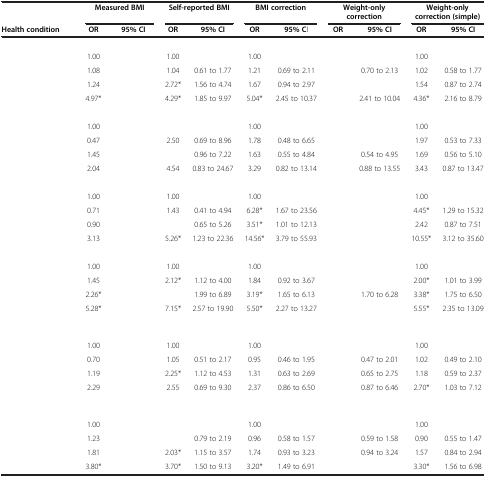
<table><thead><tr><td>[EMPTY_CELL]</td><td colspan="2"><b>Measured BMI</b></td><td colspan="2"><b>Self-reported BMI</b></td><td colspan="2"><b>BMI correction</b></td><td colspan="2"><b>Weight-only correction</b></td><td colspan="2"><b>Weight-only correction (simple)</b></td></tr><tr><td><b>Health condition</b></td><td><b>OR</b></td><td><b>95% CI</b></td><td><b>OR</b></td><td><b>95% CI</b></td><td><b>OR</b></td><td><b>95% CI</b></td><td><b>OR</b></td><td><b>95% CI</b></td><td><b>OR</b></td><td><b>95% CI</b></td></tr></thead><tbody><tr><td>[EMPTY_CELL]</td><td>[EMPTY_CELL]</td><td>[EMPTY_CELL]</td><td>[EMPTY_CELL]</td><td>[EMPTY_CELL]</td><td>[EMPTY_CELL]</td><td>[EMPTY_CELL]</td><td>[EMPTY_CELL]</td><td>[EMPTY_CELL]</td><td>[EMPTY_CELL]</td><td>[EMPTY_CELL]</td></tr><tr><td>[EMPTY_CELL]</td><td>1.00</td><td>[EMPTY_CELL]</td><td>1.00</td><td>[EMPTY_CELL]</td><td>1.00</td><td>[EMPTY_CELL]</td><td>[EMPTY_CELL]</td><td>[EMPTY_CELL]</td><td>1.00</td><td>[EMPTY_CELL]</td></tr><tr><td>[EMPTY_CELL]</td><td>1.08</td><td>[EMPTY_CELL]</td><td>1.04</td><td>0.61 to 1.77</td><td>1.21</td><td>0.69 to 2.11</td><td>[EMPTY_CELL]</td><td>0.70 to 2.13</td><td>1.02</td><td>0.58 to 1.77</td></tr><tr><td>[EMPTY_CELL]</td><td>1.24</td><td>[EMPTY_CELL]</td><td>2.72*</td><td>1.56 to 4.74</td><td>1.67</td><td>0.94 to 2.97</td><td>[EMPTY_CELL]</td><td>[EMPTY_CELL]</td><td>1.54</td><td>0.87 to 2.74</td></tr><tr><td>[EMPTY_CELL]</td><td>4.97*</td><td>[EMPTY_CELL]</td><td>4.29*</td><td>1.85 to 9.97</td><td>5.04*</td><td>2.45 to 10.37</td><td>[EMPTY_CELL]</td><td>2.41 to 10.04</td><td>4.36*</td><td>2.16 to 8.79</td></tr><tr><td>[EMPTY_CELL]</td><td>[EMPTY_CELL]</td><td>[EMPTY_CELL]</td><td>[EMPTY_CELL]</td><td>[EMPTY_CELL]</td><td>[EMPTY_CELL]</td><td>[EMPTY_CELL]</td><td>[EMPTY_CELL]</td><td>[EMPTY_CELL]</td><td>[EMPTY_CELL]</td><td>[EMPTY_CELL]</td></tr><tr><td>[EMPTY_CELL]</td><td>1.00</td><td>[EMPTY_CELL]</td><td>[EMPTY_CELL]</td><td>[EMPTY_CELL]</td><td>1.00</td><td>[EMPTY_CELL]</td><td>[EMPTY_CELL]</td><td>[EMPTY_CELL]</td><td>1.00</td><td>[EMPTY_CELL]</td></tr><tr><td>[EMPTY_CELL]</td><td>0.47</td><td>[EMPTY_CELL]</td><td>2.50</td><td>0.69 to 8.96</td><td>1.78</td><td>0.48 to 6.65</td><td>[EMPTY_CELL]</td><td>[EMPTY_CELL]</td><td>1.97</td><td>0.53 to 7.33</td></tr><tr><td>[EMPTY_CELL]</td><td>1.45</td><td>[EMPTY_CELL]</td><td>[EMPTY_CELL]</td><td>0.96 to 7.22</td><td>1.63</td><td>0.55 to 4.84</td><td>[EMPTY_CELL]</td><td>0.54 to 4.95</td><td>1.69</td><td>0.56 to 5.10</td></tr><tr><td>[EMPTY_CELL]</td><td>2.04</td><td>[EMPTY_CELL]</td><td>4.54</td><td>0.83 to 24.67</td><td>3.29</td><td>0.82 to 13.14</td><td>[EMPTY_CELL]</td><td>0.88 to 13.55</td><td>3.43</td><td>0.87 to 13.47</td></tr><tr><td>[EMPTY_CELL]</td><td>[EMPTY_CELL]</td><td>[EMPTY_CELL]</td><td>[EMPTY_CELL]</td><td>[EMPTY_CELL]</td><td>[EMPTY_CELL]</td><td>[EMPTY_CELL]</td><td>[EMPTY_CELL]</td><td>[EMPTY_CELL]</td><td>[EMPTY_CELL]</td><td>[EMPTY_CELL]</td></tr><tr><td>[EMPTY_CELL]</td><td>1.00</td><td>[EMPTY_CELL]</td><td>1.00</td><td>[EMPTY_CELL]</td><td>1.00</td><td>[EMPTY_CELL]</td><td>[EMPTY_CELL]</td><td>[EMPTY_CELL]</td><td>1.00</td><td>[EMPTY_CELL]</td></tr><tr><td>[EMPTY_CELL]</td><td>0.71</td><td>[EMPTY_CELL]</td><td>1.43</td><td>0.41 to 4.94</td><td>6.28*</td><td>1.67 to 23.56</td><td>[EMPTY_CELL]</td><td>[EMPTY_CELL]</td><td>4.45*</td><td>1.29 to 15.32</td></tr><tr><td>[EMPTY_CELL]</td><td>0.90</td><td>[EMPTY_CELL]</td><td>[EMPTY_CELL]</td><td>0.65 to 5.26</td><td>3.51*</td><td>1.01 to 12.13</td><td>[EMPTY_CELL]</td><td>[EMPTY_CELL]</td><td>2.42</td><td>0.87 to 7.51</td></tr><tr><td>[EMPTY_CELL]</td><td>3.13</td><td>[EMPTY_CELL]</td><td>5.26*</td><td>1.23 to 22.36</td><td>14.56*</td><td>3.79 to 55.93</td><td>[EMPTY_CELL]</td><td>[EMPTY_CELL]</td><td>10.55*</td><td>3.12 to 35.60</td></tr><tr><td>[EMPTY_CELL]</td><td>[EMPTY_CELL]</td><td>[EMPTY_CELL]</td><td>[EMPTY_CELL]</td><td>[EMPTY_CELL]</td><td>[EMPTY_CELL]</td><td>[EMPTY_CELL]</td><td>[EMPTY_CELL]</td><td>[EMPTY_CELL]</td><td>[EMPTY_CELL]</td><td>[EMPTY_CELL]</td></tr><tr><td>[EMPTY_CELL]</td><td>1.00</td><td>[EMPTY_CELL]</td><td>1.00</td><td>[EMPTY_CELL]</td><td>1.00</td><td>[EMPTY_CELL]</td><td>[EMPTY_CELL]</td><td>[EMPTY_CELL]</td><td>1.00</td><td>[EMPTY_CELL]</td></tr><tr><td>[EMPTY_CELL]</td><td>1.45</td><td>[EMPTY_CELL]</td><td>2.12*</td><td>1.12 to 4.00</td><td>1.84</td><td>0.92 to 3.67</td><td>[EMPTY_CELL]</td><td>[EMPTY_CELL]</td><td>2.00*</td><td>1.01 to 3.99</td></tr><tr><td>[EMPTY_CELL]</td><td>2.26*</td><td>[EMPTY_CELL]</td><td>[EMPTY_CELL]</td><td>1.99 to 6.89</td><td>3.19*</td><td>1.65 to 6.13</td><td>[EMPTY_CELL]</td><td>1.70 to 6.28</td><td>3.38*</td><td>1.75 to 6.50</td></tr><tr><td>[EMPTY_CELL]</td><td>5.28*</td><td>[EMPTY_CELL]</td><td>7.15*</td><td>2.57 to 19.90</td><td>5.50*</td><td>2.27 to 13.27</td><td>[EMPTY_CELL]</td><td>[EMPTY_CELL]</td><td>5.55*</td><td>2.35 to 13.09</td></tr><tr><td>[EMPTY_CELL]</td><td>[EMPTY_CELL]</td><td>[EMPTY_CELL]</td><td>[EMPTY_CELL]</td><td>[EMPTY_CELL]</td><td>[EMPTY_CELL]</td><td>[EMPTY_CELL]</td><td>[EMPTY_CELL]</td><td>[EMPTY_CELL]</td><td>[EMPTY_CELL]</td><td>[EMPTY_CELL]</td></tr><tr><td>[EMPTY_CELL]</td><td>1.00</td><td>[EMPTY_CELL]</td><td>1.00</td><td>[EMPTY_CELL]</td><td>1.00</td><td>[EMPTY_CELL]</td><td>[EMPTY_CELL]</td><td>[EMPTY_CELL]</td><td>1.00</td><td>[EMPTY_CELL]</td></tr><tr><td>[EMPTY_CELL]</td><td>0.70</td><td>[EMPTY_CELL]</td><td>1.05</td><td>0.51 to 2.17</td><td>0.95</td><td>0.46 to 1.95</td><td>[EMPTY_CELL]</td><td>0.47 to 2.01</td><td>1.02</td><td>0.49 to 2.10</td></tr><tr><td>[EMPTY_CELL]</td><td>1.19</td><td>[EMPTY_CELL]</td><td>2.25*</td><td>1.12 to 4.53</td><td>1.31</td><td>0.63 to 2.69</td><td>[EMPTY_CELL]</td><td>0.65 to 2.75</td><td>1.18</td><td>0.59 to 2.37</td></tr><tr><td>[EMPTY_CELL]</td><td>2.29</td><td>[EMPTY_CELL]</td><td>2.55</td><td>0.69 to 9.30</td><td>2.37</td><td>0.86 to 6.50</td><td>[EMPTY_CELL]</td><td>0.87 to 6.46</td><td>2.70*</td><td>1.03 to 7.12</td></tr><tr><td>[EMPTY_CELL]</td><td>[EMPTY_CELL]</td><td>[EMPTY_CELL]</td><td>[EMPTY_CELL]</td><td>[EMPTY_CELL]</td><td>[EMPTY_CELL]</td><td>[EMPTY_CELL]</td><td>[EMPTY_CELL]</td><td>[EMPTY_CELL]</td><td>[EMPTY_CELL]</td><td>[EMPTY_CELL]</td></tr><tr><td>[EMPTY_CELL]</td><td>1.00</td><td>[EMPTY_CELL]</td><td>[EMPTY_CELL]</td><td>[EMPTY_CELL]</td><td>1.00</td><td>[EMPTY_CELL]</td><td>[EMPTY_CELL]</td><td>[EMPTY_CELL]</td><td>1.00</td><td>[EMPTY_CELL]</td></tr><tr><td>[EMPTY_CELL]</td><td>1.23</td><td>[EMPTY_CELL]</td><td>[EMPTY_CELL]</td><td>0.79 to 2.19</td><td>0.96</td><td>0.58 to 1.57</td><td>[EMPTY_CELL]</td><td>0.59 to 1.58</td><td>0.90</td><td>0.55 to 1.47</td></tr><tr><td>[EMPTY_CELL]</td><td>1.81</td><td>[EMPTY_CELL]</td><td>2.03*</td><td>1.15 to 3.57</td><td>1.74</td><td>0.93 to 3.23</td><td>[EMPTY_CELL]</td><td>0.94 to 3.24</td><td>1.57</td><td>0.84 to 2.94</td></tr><tr><td>[EMPTY_CELL]</td><td>3.80*</td><td>[EMPTY_CELL]</td><td>3.70*</td><td>1.50 to 9.13</td><td>3.20*</td><td>1.49 to 6.91</td><td>[EMPTY_CELL]</td><td>[EMPTY_CELL]</td><td>3.30*</td><td>1.56 to 6.98</td></tr></tbody></table>